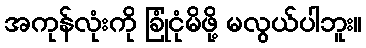
အကုန်လုံးကို ခြုံငုံမိဖို့ မလွယ်ပါဘူး။